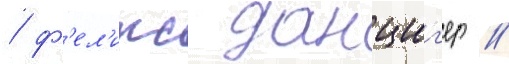
/ ф'ел'икс данциг'ер /